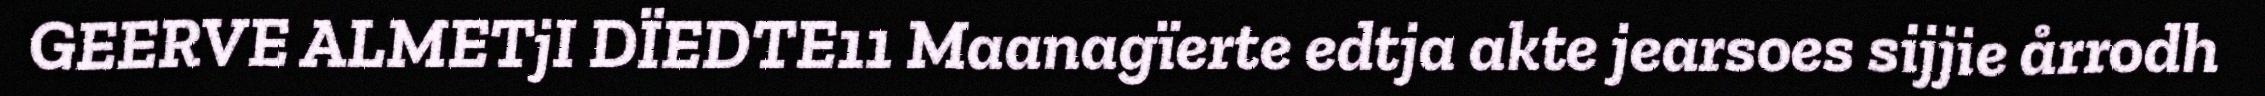
GEERVE ALMETjI DÏEDTE11 Maanagïerte edtja akte jearsoes sijjie årrodh